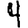
Digit: 4